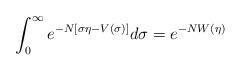
LaTeX: \begin{align*}\int_0^\infty e^{-N[\sigma \eta-V(\sigma)]}d\sigma=e^{-NW(\eta)}\end{align*}